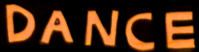
DANCE